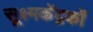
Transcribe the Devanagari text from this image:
सूक्ष्मकेंद्रकों